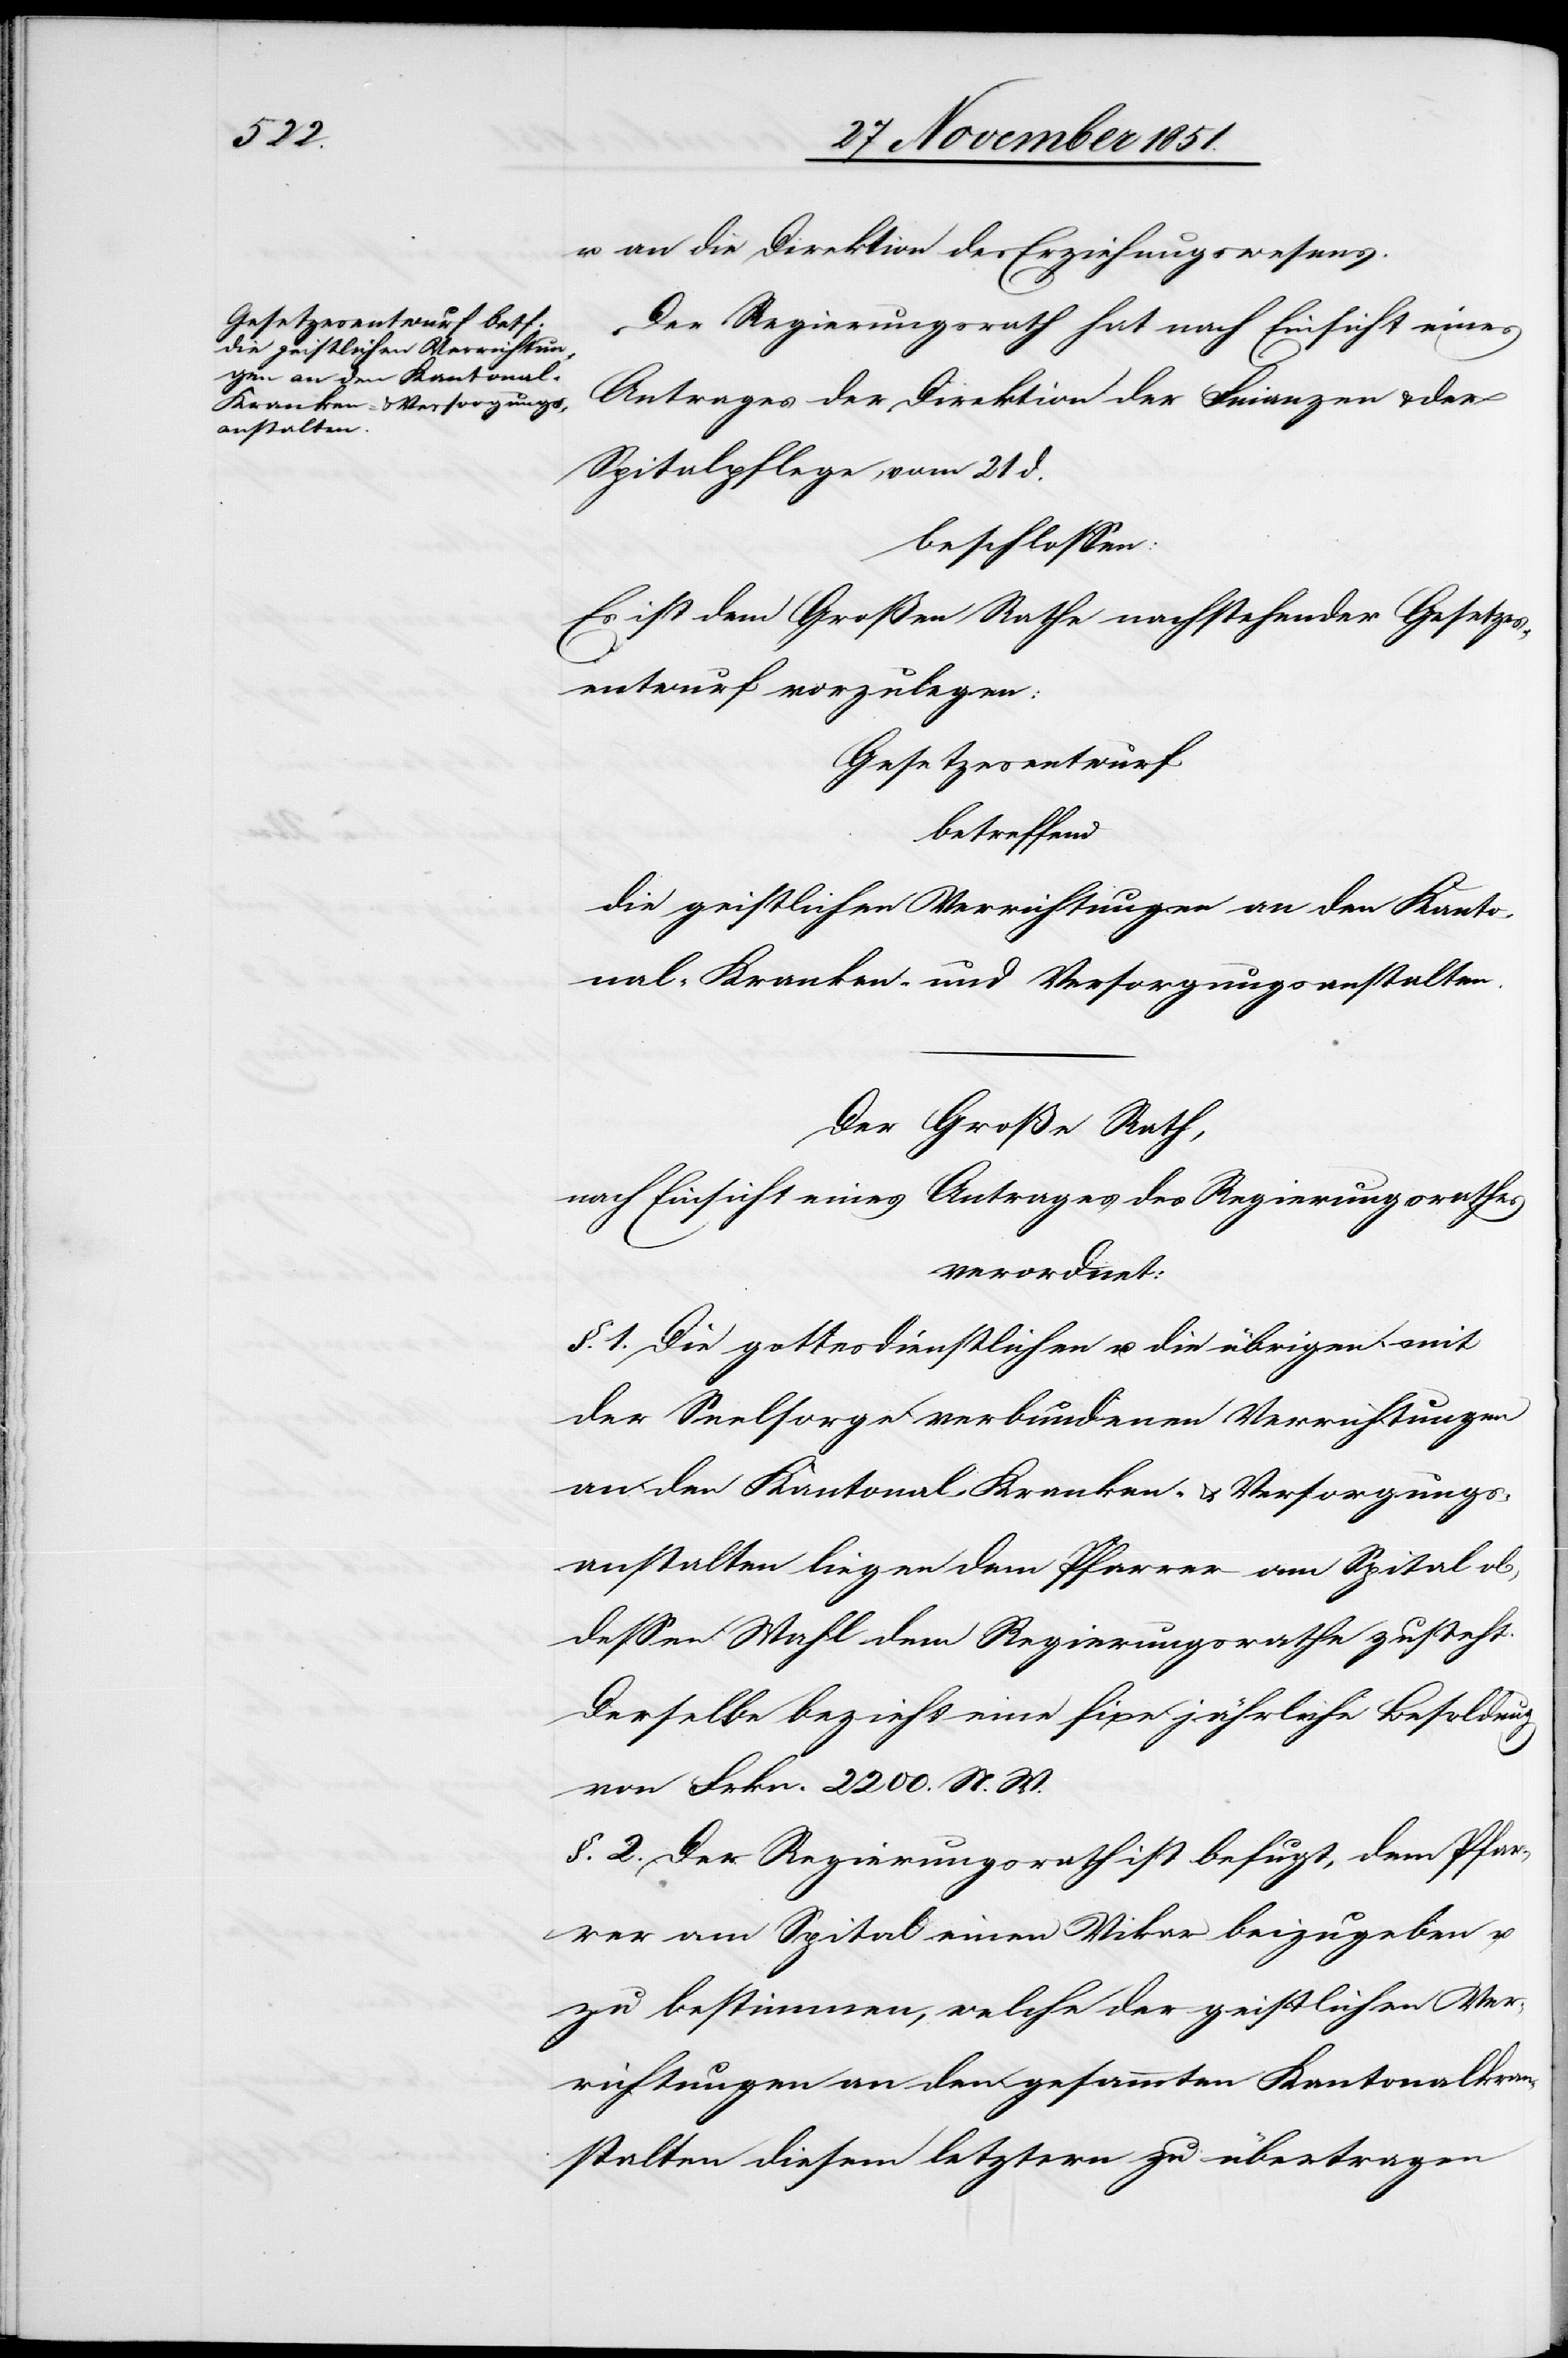
ken]an¬
die geistlichen Verrichtungen

u. an die Direktion des Erziehungswesens.
Der Regierungsrath hat nach Einsicht eines
Antrages der Direktion der Finanzen & der
Spitalpflege vom 21 d.
________
Es ist dem Großen Rathe nachstehender Gesetzes¬
entwurf vorzulegen:
Gesetzesentwurf
betreffend
nal-Kranken- und Versorgungsanstalten.
Der Große Rath,
nach Einsicht eines Antrages des Regierungsrathes
verordnet:
§. 1. Die gottesdienstlichen u. die übrigen mit
der Seelsorge verbundenen Verrichtungen
an den Kantonal-Kranken- & Versorgungs¬
anstalten liegen dem Pfarrer am Spital ob,
dessen Wahl dem Regierungsrathe zusteht.
Derselbe bezieht eine fixe jährliche Besoldung
von Frkn. 2200. N. W.
§. 2. Der Regierungsrath ist befugt, dem Pfar¬
rer am Spital einen Vikar beizugeben u.
zu bestimmen, welche der geistlichen Ver¬
richtungen an den gesammten Kantonalkr[an¬
stalten diesem letztern zu übertragen